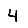
Digit: 4